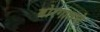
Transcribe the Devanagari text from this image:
बोरगावचे